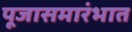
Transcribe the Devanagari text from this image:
पूजासमारंभात